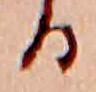
る